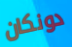
دونكان